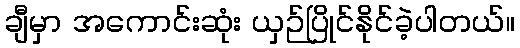
ချီမှာ အကောင်းဆုံး ယှဉ်ပြိုင်နိုင်ခဲ့ပါတယ်။